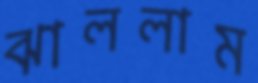
ঝাললাম